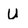
Character: U